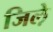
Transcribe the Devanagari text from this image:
जिले़